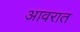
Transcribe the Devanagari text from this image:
आवरात